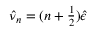
\hat { \nu } _ { n } = ( n + { \textstyle { \frac { 1 } { 2 } } } ) \hat { \epsilon }